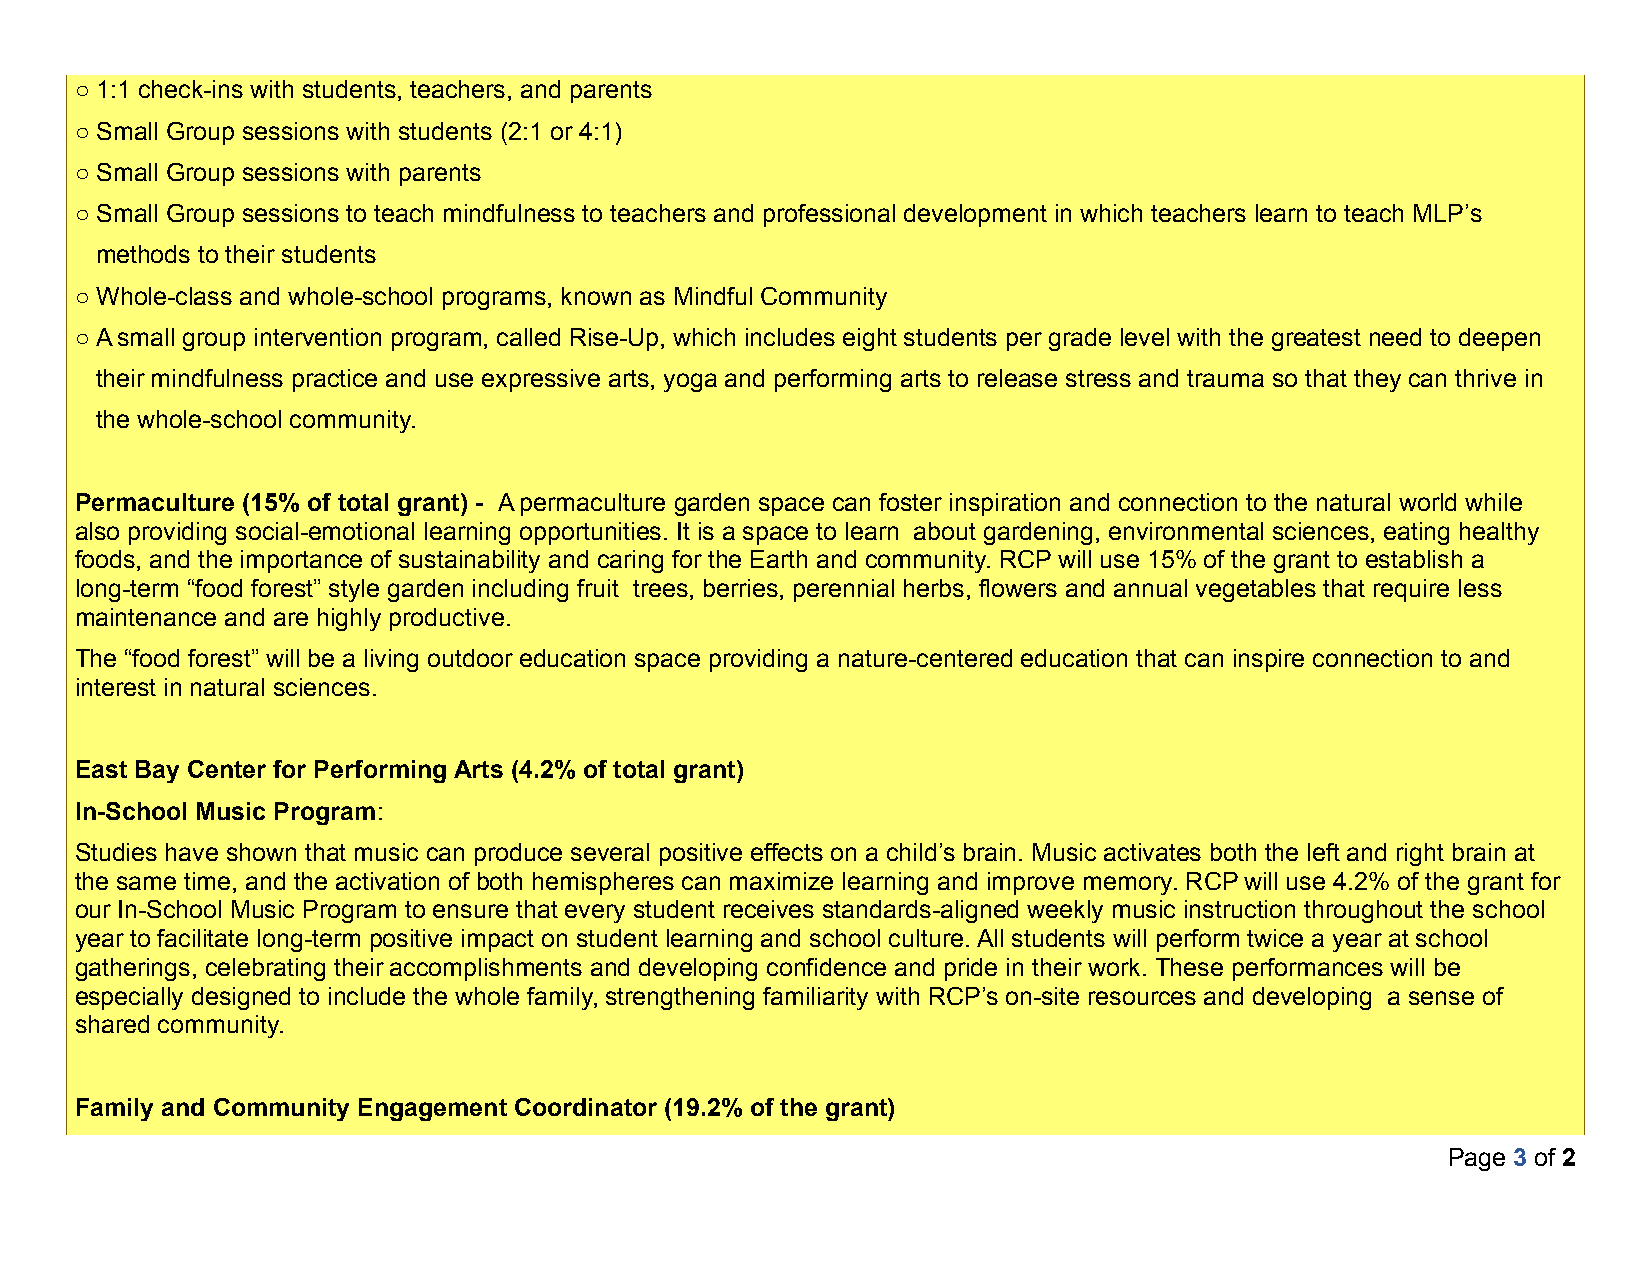
○ 1:1 check-ins with students, teachers, and parents
 ○ Small Group sessions with students (2:1 or 4:1)
 ○ Small Group sessions with parents
 ○ Small Group sessions to teach mindfulness to teachers and professional development in which teachers learn to teach MLP’s
 methods to their students
 ○ Whole-class and whole-school programs, known as Mindful Community
 ○ A small group intervention program, called Rise-Up, which includes eight students per grade level with the greatest need to deepen
 their mindfulness practice and use expressive arts, yoga and performing arts to release stress and trauma so that they can thrive in
 the whole-school community.
 Permaculture (15% of total grant) - A permaculture garden space can foster inspiration and connection to the natural world while
 also providing social-emotional learning opportunities. It is a space to learn about gardening, environmental sciences, eating healthy
 foods, and the importance of sustainability and caring for the Earth and community. RCP will use 15% of the grant to establish a
 long-term “food forest” style garden including fruit trees, berries, perennial herbs, flowers and annual vegetables that require less
 maintenance and are highly productive.
 The “food forest” will be a living outdoor education space providing a nature-centered education that can inspire connection to and
 interest in natural sciences.
 East Bay Center for Performing Arts (4.2% of total grant)
 In-School Music Program:
 Studies have shown that music can produce several positive effects on a child’s brain. Music activates both the left and right brain at
 the same time, and the activation of both hemispheres can maximize learning and improve memory. RCP will use 4.2% of the grant for
 our In-School Music Program to ensure that every student receives standards-aligned weekly music instruction throughout the school
 year to facilitate long-term positive impact on student learning and school culture. All students will perform twice a year at school
 gatherings, celebrating their accomplishments and developing confidence and pride in their work. These performances will be
 especially designed to include the whole family, strengthening familiarity with RCP’s on-site resources and developing a sense of
 shared community.
 Family and Community Engagement Coordinator (19.2% of the grant)
 Page 3 of 2